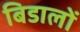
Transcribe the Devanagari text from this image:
बिडालों